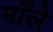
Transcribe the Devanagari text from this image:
माँले